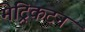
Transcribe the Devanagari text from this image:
मेट्रिकटन